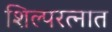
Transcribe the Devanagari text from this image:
शिल्परत्नात